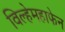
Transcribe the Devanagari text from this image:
विल्हेमहाफेन